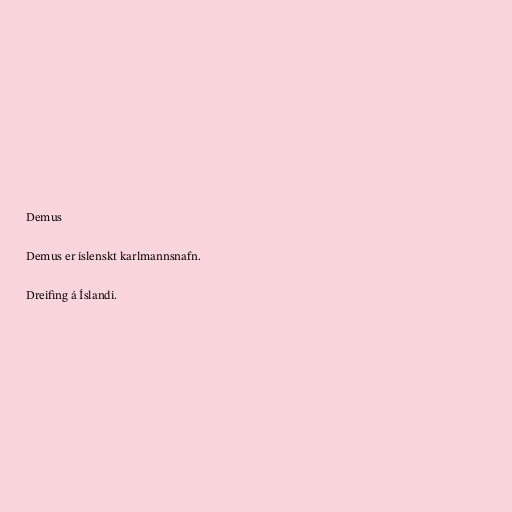
Demus

Demus er íslenskt karlmannsnafn.

Dreifing á Íslandi.